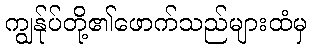
ကျွန်ုပ်တို့၏ဖောက်သည်များထံမှ